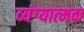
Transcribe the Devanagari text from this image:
व्‍यंग्‍यात्‍मक